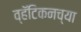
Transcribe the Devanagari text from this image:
व्हॅटिकनच्या